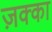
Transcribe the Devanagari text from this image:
ज़क्का